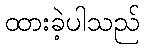
ထားခဲ့ပါသည်